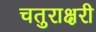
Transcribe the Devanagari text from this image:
चतुराक्षरी